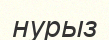
нурыз